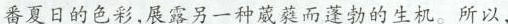
番夏日的色彩,展露另一种藏葵而蓬勃的生机。所以